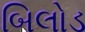
બિલોડ